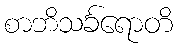
စာဘိသင်္ခရောတိ